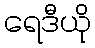
ရေဒီယို